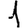
Digit: 1